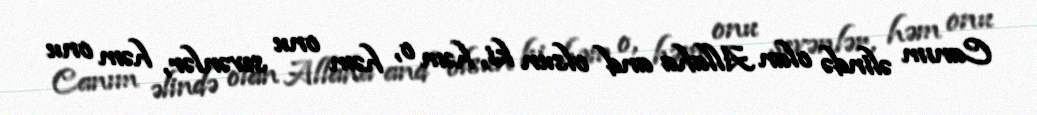
Canım əlində olan Allaha and olsun ki, həm o, həm onu sevənlər, həm onu